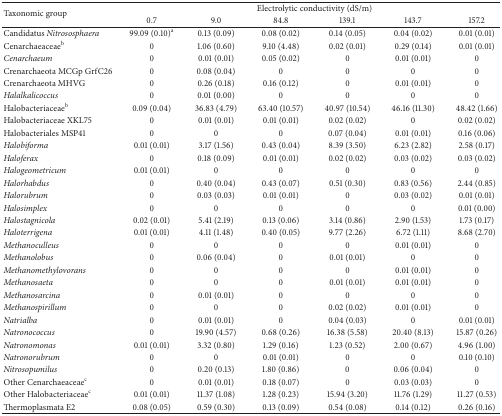
<table><thead><tr><td rowspan="2"><b>Taxonomic group</b></td><td colspan="6"><b>Electrolytic conductivity (dS/m)</b></td></tr><tr><td><b>0.7</b></td><td><b>9.0</b></td><td><b>84.8</b></td><td><b>139.1</b></td><td><b>143.7</b></td><td><b>157.2</b></td></tr></thead><tbody><tr><td>Candidatus <i>Nitrososphaera </i></td><td>99.09 (0.10)<sup>a</sup></td><td>0.13 (0.09)</td><td>0.08 (0.02)</td><td>0.14 (0.05)</td><td>0.04 (0.02)</td><td>0.01 (0.01)</td></tr><tr><td>Cenarchaeaceae<sup>b</sup></td><td>0</td><td>1.06 (0.60)</td><td>9.10 (4.48)</td><td>0.02 (0.01)</td><td>0.29 (0.14)</td><td>0.01 (0.01)</td></tr><tr><td><i>Cenarchaeum </i></td><td>0</td><td>0.01 (0.01)</td><td>0.05 (0.02)</td><td>0</td><td>0.01 (0.01)</td><td>0</td></tr><tr><td>Crenarchaeota MCGp GrfC26</td><td>0</td><td>0.08 (0.04)</td><td>0</td><td>0</td><td>0</td><td>0</td></tr><tr><td>Crenarchaeota MHVG</td><td>0</td><td>0.26 (0.18)</td><td>0.16 (0.12)</td><td>0</td><td>0.01 (0.01)</td><td>0</td></tr><tr><td><i>Halalkalicoccus </i></td><td>0</td><td>0.01 (0.00)</td><td>0</td><td>0</td><td>0</td><td>0</td></tr><tr><td>Halobacteriaceae<sup>b</sup></td><td>0.09 (0.04)</td><td>36.83 (4.79)</td><td>63.40 (10.57)</td><td>40.97 (10.54)</td><td>46.16 (11.30)</td><td>48.42 (1.66)</td></tr><tr><td>Halobacteriaceae XKL75</td><td>0</td><td>0.01 (0.01)</td><td>0.01 (0.01)</td><td>0.02 (0.02)</td><td>0</td><td>0.02 (0.02)</td></tr><tr><td>Halobacteriales MSP41</td><td>0</td><td>0</td><td>0</td><td>0.07 (0.04)</td><td>0.01 (0.01)</td><td>0.16 (0.06)</td></tr><tr><td><i>Halobiforma </i></td><td>0.01 (0.01)</td><td>3.17 (1.56)</td><td>0.43 (0.04)</td><td>8.39 (3.50)</td><td>6.23 (2.82)</td><td>2.58 (0.17)</td></tr><tr><td><i>Haloferax </i></td><td>0</td><td>0.18 (0.09)</td><td>0.01 (0.01)</td><td>0.02 (0.02)</td><td>0.03 (0.02)</td><td>0.03 (0.02)</td></tr><tr><td><i>Halogeometricum </i></td><td>0.01 (0.01)</td><td>0</td><td>0</td><td>0</td><td>0</td><td>0</td></tr><tr><td><i>Halorhabdus </i></td><td>0</td><td>0.40 (0.04)</td><td>0.43 (0.07)</td><td>0.51 (0.30)</td><td>0.83 (0.56)</td><td>2.44 (0.85)</td></tr><tr><td><i>Halorubrum </i></td><td>0</td><td>0.03 (0.03)</td><td>0.01 (0.01)</td><td>0</td><td>0.03 (0.02)</td><td>0.01 (0.01)</td></tr><tr><td><i>Halosimplex </i></td><td>0</td><td>0</td><td>0</td><td>0</td><td>0</td><td>0.01 (0.00)</td></tr><tr><td><i>Halostagnicola </i></td><td>0.02 (0.01)</td><td>5.41 (2.19)</td><td>0.13 (0.06)</td><td>3.14 (0.86)</td><td>2.90 (1.53)</td><td>1.73 (0.17)</td></tr><tr><td><i>Haloterrigena </i></td><td>0.01 (0.01) </td><td>4.11 (1.48)</td><td>0.40 (0.05)</td><td>9.77 (2.26)</td><td>6.72 (1.11)</td><td>8.68 (2.70)</td></tr><tr><td><i>Methanoculleus </i></td><td>0</td><td>0</td><td>0</td><td>0</td><td>0.01 (0.01)</td><td>0</td></tr><tr><td><i>Methanolobus </i></td><td>0</td><td>0.06 (0.04)</td><td>0</td><td>0.01 (0.01)</td><td>0</td><td>0</td></tr><tr><td><i>Methanomethylovorans </i></td><td>0</td><td>0</td><td>0</td><td>0</td><td>0.01 (0.01)</td><td>0</td></tr><tr><td><i>Methanosaeta </i></td><td>0</td><td>0</td><td>0</td><td>0.01 (0.01)</td><td>0.01 (0.01)</td><td>0</td></tr><tr><td><i>Methanosarcina </i></td><td>0</td><td>0.01 (0.01)</td><td>0</td><td>0</td><td>0</td><td>0</td></tr><tr><td><i>Methanospirillum </i></td><td>0</td><td>0</td><td>0</td><td>0.02 (0.02)</td><td>0.01 (0.01)</td><td>0</td></tr><tr><td><i>Natrialba </i></td><td>0</td><td>0.01 (0.01)</td><td>0</td><td>0.04 (0.03)</td><td>0</td><td>0.01 (0.01)</td></tr><tr><td><i>Natronococcus </i></td><td>0</td><td>19.90 (4.57)</td><td>0.68 (0.26)</td><td>16.38 (5.58)</td><td>20.40 (8.13)</td><td>15.87 (0.26)</td></tr><tr><td><i>Natronomonas </i></td><td>0.01 (0.01)</td><td>3.32 (0.80)</td><td>1.29 (0.16)</td><td>1.23 (0.52)</td><td>2.00 (0.67)</td><td>4.96 (1.00)</td></tr><tr><td><i>Natronorubrum </i></td><td>0</td><td>0</td><td>0.01 (0.01)</td><td>0</td><td>0</td><td>0.10 (0.10)</td></tr><tr><td><i>Nitrosopumilus </i></td><td>0</td><td>0.20 (0.13)</td><td>1.80 (0.86)</td><td>0</td><td>0.06 (0.04)</td><td>0</td></tr><tr><td>Other Cenarchaeaceae<sup>c</sup></td><td>0</td><td>0.01 (0.01)</td><td>0.18 (0.07)</td><td>0</td><td>0.03 (0.03)</td><td>0</td></tr><tr><td>Other Halobacteriaceae<sup>c</sup></td><td>0.01 (0.01)</td><td>11.37 (1.08)</td><td>1.28 (0.23)</td><td>15.94 (3.20)</td><td>11.76 (1.29)</td><td>11.27 (0.53)</td></tr><tr><td>Thermoplasmata E2</td><td>0.08 (0.05)</td><td>0.59 (0.30)</td><td>0.13 (0.09)</td><td>0.54 (0.08)</td><td>0.14 (0.12)</td><td>0.26 (0.16)</td></tr></tbody></table>